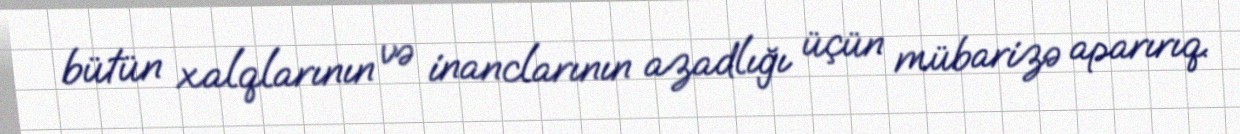
bütün xalqlarının və inanclarının azadlığı üçün mübarizə aparırıq.